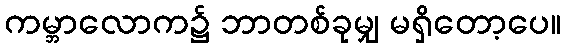
ကမ္ဘာလောက၌ ဘာတစ်ခုမျှ မရှိတော့ပေ။